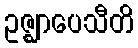
ဥဇ္ဈာပေသီတိ